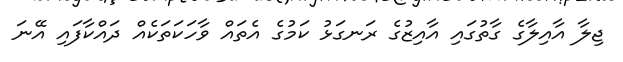
ޖިލާ އާއިލާގެ ގާތުގައި އާއިޒުގެ ރަނގަޅު ކަމުގެ އެތައް ވާހަކަތަކެއް ދައްކާފައި އޭނަ